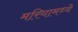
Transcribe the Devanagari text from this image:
मरियामध्ये